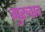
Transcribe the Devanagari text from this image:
गुरुवाद